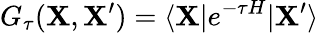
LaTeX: G_{\tau}(\mathbf{X},\mathbf{X}^{\prime})=\langle\mathbf{X}|e^{-\tau H}|\mathbf{X}^{\prime}\rangle